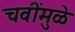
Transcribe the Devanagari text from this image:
चवींमुळे